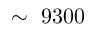
\sim ~ 9 3 0 0